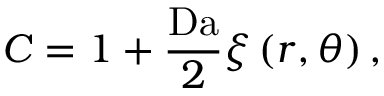
C = 1 + \frac { \mathrm { D a } } { 2 } \xi \left( r , \theta \right) ,